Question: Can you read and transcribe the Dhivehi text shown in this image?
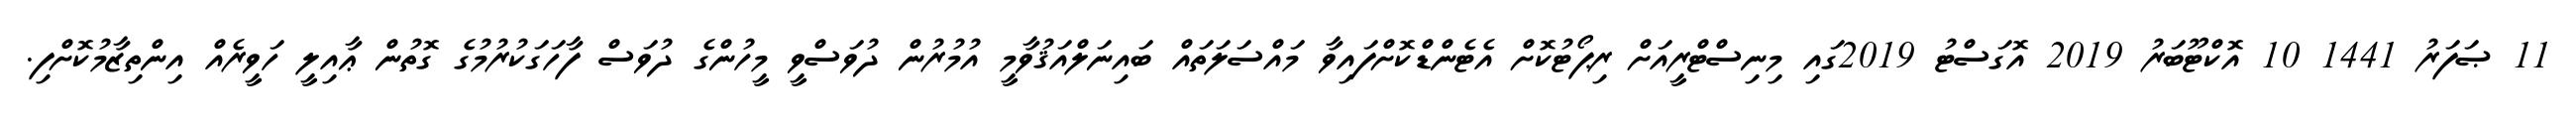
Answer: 11 ޞަފަރު 1441 10 އޮކްޓޫބަރު 2019 އޮގަސްޓު 2019ގައި މިނިސްޓްރީއަށް ރިޕޯޓުކޮށް އެޓެންޑްކޮށްފައިވާ މައްސަލަތައް ބައިނަލްއަޤުވާމީ އުމުރުން ދުވަސްވީ މީހުންގެ ދުވަސް ފާހަގަކުރުމުގެ ގޮތުން ޢާއިލީ ހަވީރެއް އިންތިޒާމުކޮށްފި.